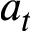
a _ { t }